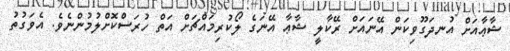
ޝާޢާއަށް އުނދަގޫވިކަން އޭނައަށް ރޭކާލީ ޝާޢާ އޭނަގެ ލޯކުރިމައްޗަށް އަތް ހުރަސްކޮށްލުމުންނެވެ. އެވަގުތު